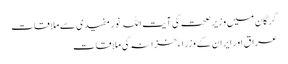
گرگان میں وزیر صحت کی آیت اللہ نور مفیدی سے ملاقات
عراق اور ایران کے وزراء خزانہ کی ملاقات